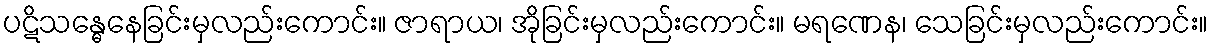
ပဋိသန္ဓေနေခြင်းမှလည်းကောင်း။ ဇာရာယ၊ အိုခြင်းမှလည်းကောင်း။ မရဏေန၊ သေခြင်းမှလည်းကောင်း။